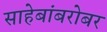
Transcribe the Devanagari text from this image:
साहेबांबरोबर